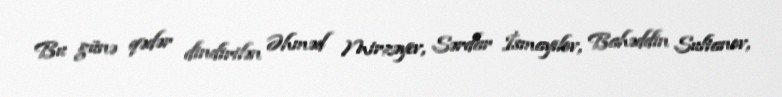
Bu günə qədər dindirilən Əhməd Mirzəyev, Sərdar İsmayılov, Bahəddin Sultanov,